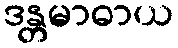
ဒန္တမာဓာယ